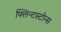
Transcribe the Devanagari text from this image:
फ्लिन्टस्टोन्स